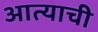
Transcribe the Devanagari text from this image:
आत्याची